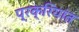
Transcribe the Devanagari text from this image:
प्रक्रियांत